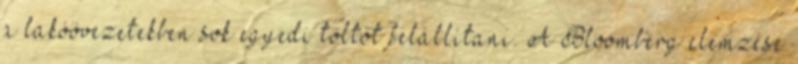
a lakóövezetekben sok egyedi töltőt felállítani. A Bloomberg elemzése